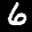
Label: 6